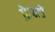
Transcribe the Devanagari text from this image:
क्रेफ्टों